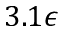
3 . 1 \epsilon